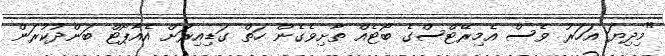
"މިދިޔަ އަހަރު ވެސް އެމިރޭޓްސްގެ ބޯޓެއް ތާށިވެގެން ހަތް ގަޑިއިރަށް އެއާޕޯޓް ބަންދުކުރަން